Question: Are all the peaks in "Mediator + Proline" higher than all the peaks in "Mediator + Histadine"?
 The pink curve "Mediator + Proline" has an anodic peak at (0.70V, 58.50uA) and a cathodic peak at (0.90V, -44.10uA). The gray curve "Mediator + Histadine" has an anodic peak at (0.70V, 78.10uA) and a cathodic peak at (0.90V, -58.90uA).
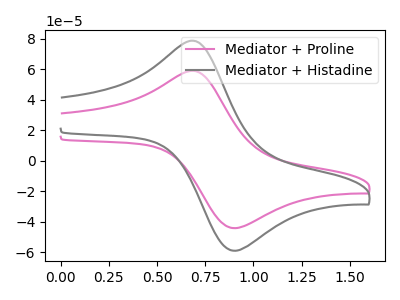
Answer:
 <answer>Every peak in "Mediator + Proline" is lower than every peak in "Mediator + Histadine".</answer>
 <eval>lower</eval>